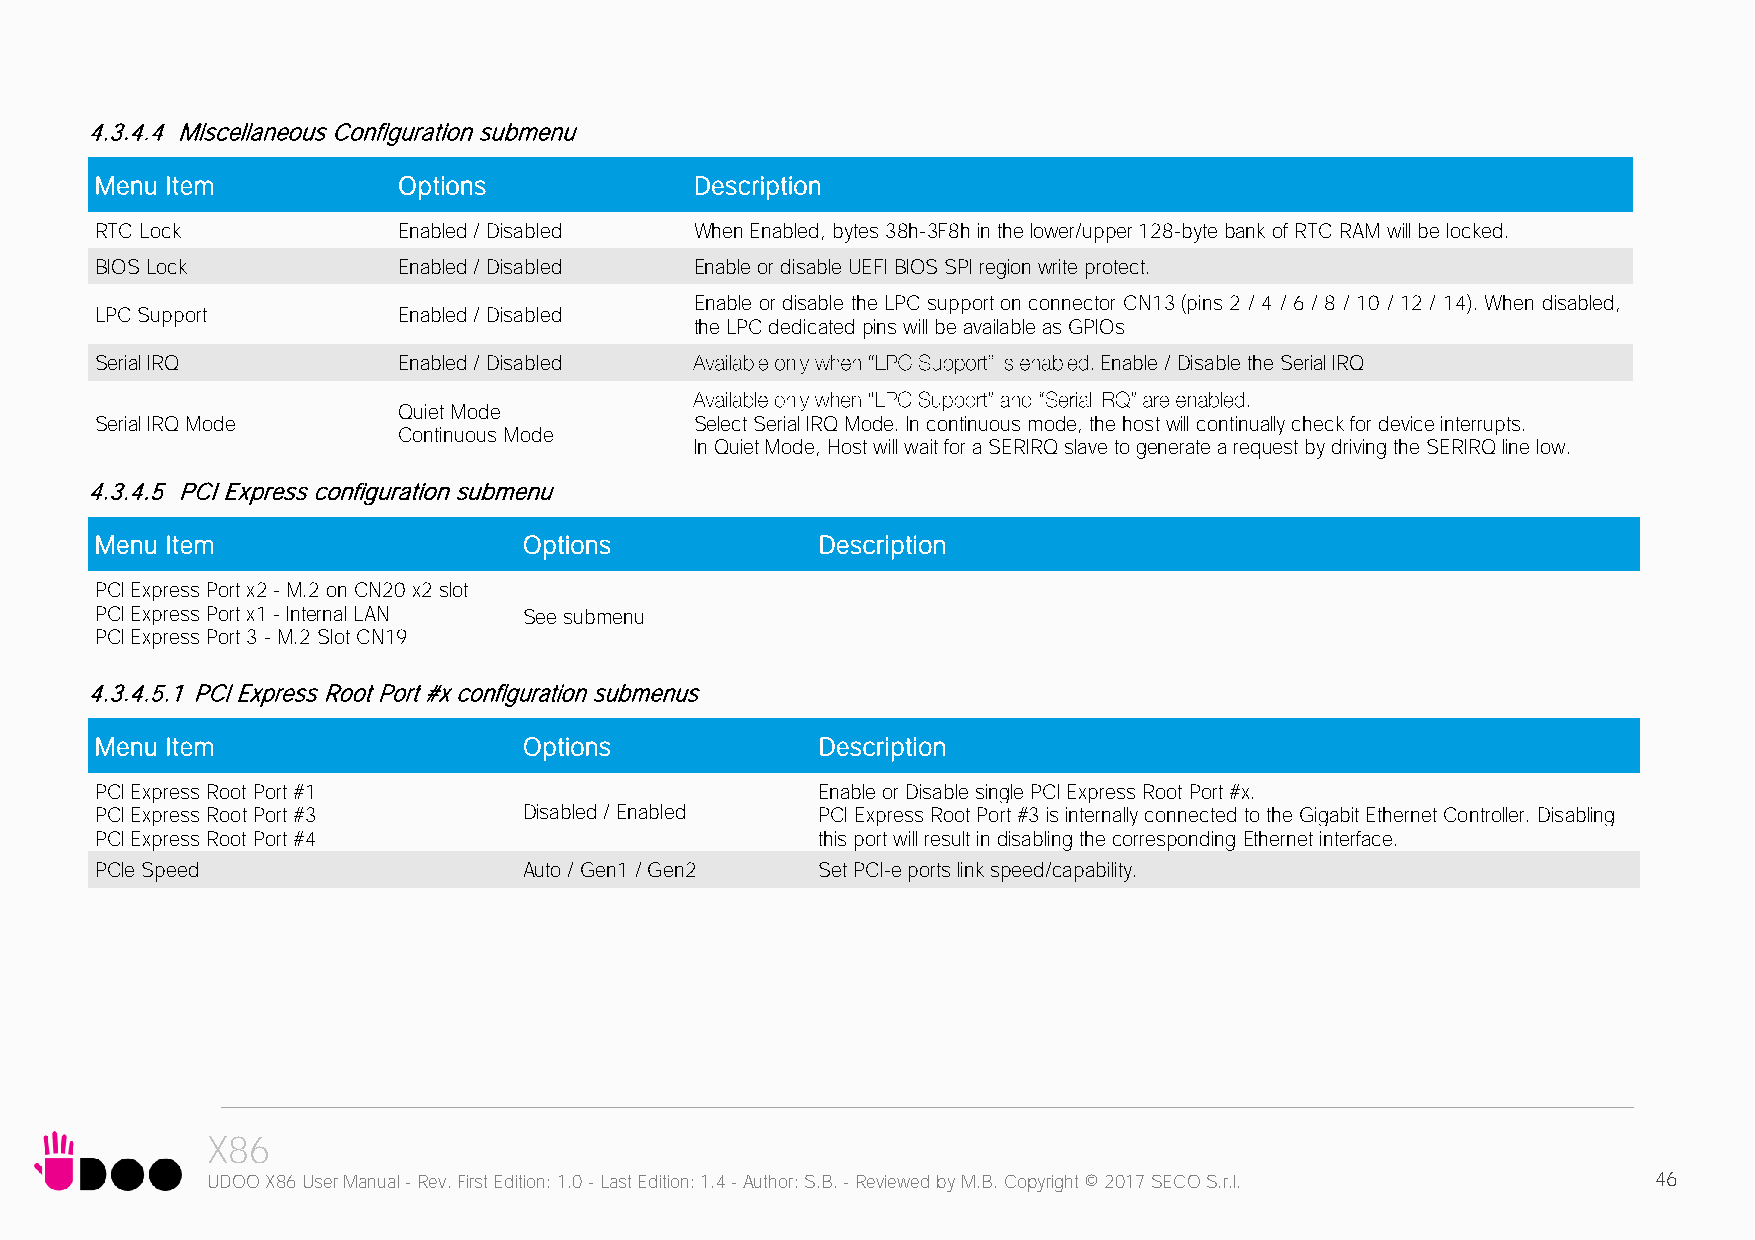
4.3.4.4 Miscellaneous Configuration submenu
 Menu Item           Options             Description
 RTC Lock            Enabled / Disabled  When Enabled, bytes 38h-3F8h in the lower/upper 128-byte bank of RTC RAM will be locked.
 BIOS Lock           Enabled / Disabled  Enable or disable UEFI BIOS SPI region write protect.
 Enable or disable the LPC support on connector CN13 (pins 2 / 4 / 6 / 8 / 10 / 12 / 14). When disabled,
 LPC Support         Enabled / Disabled
 the LPC dedicated pins will be available as GPIOs
 Serial IRQ          Enabled / Disabled                             Enable / Disable the Serial IRQ
 Quiet Mode
 Serial IRQ Mode                         Select Serial IRQ Mode. In continuous mode, the host will continually check for device interrupts.
 Continuous Mode
 In Quiet Mode, Host will wait for a SERIRQ slave to generate a request by driving the SERIRQ line low.
 4.3.4.5 PCI Express configuration submenu
 Menu Item                    Options            Description
 PCI Express Port x2 - M.2 on CN20 x2 slot
 PCI Express Port x1 - Internal LAN See submenu
 PCI Express Port 3 - M.2 Slot CN19
 4.3.4.5.1 PCI Express Root Port #x configuration submenus
 Menu Item                    Options            Description
 PCI Express Root Port #1                        Enable or Disable single PCI Express Root Port #x.
 PCI Express Root Port #3     Disabled / Enabled PCI Express Root Port #3 is internally connected to the Gigabit Ethernet Controller. Disabling
 PCI Express Root Port #4                        this port will result in disabling the corresponding Ethernet interface.
 PCIe Speed                   Auto / Gen1 / Gen2 Set PCI-e ports link speed/capability.
 X86
 UDOO X86 User Manual - Rev. First Edition: 1.0 - Last Edition: 1.4 - Author: S.B. - Reviewed by M.B. Copyright © 2017 SECO S.r.l. 46